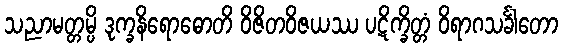
သညာမတ္တမ္ပိ ဒုက္ခနိရောဓောတိ ဝိဇိတဝိဇယဿ ပဋိက္ခိတ္တံ ဝိရာဂသင်္ခါတော